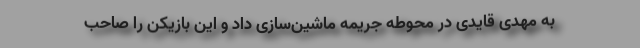
به مهدی قایدی در محوطه جریمه ماشین‌سازی داد و این بازیکن را صاحب